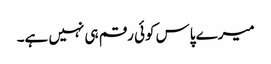
میرے پاس کوئی رقم ہی نہیں ہے۔